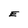
Character: E